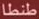
طنطا